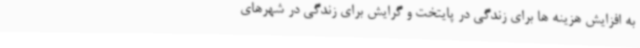
به افزایش هزینه ها برای زندگی در پایتخت و گرایش برای زندگی در شهرهای